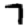
Digit: 7